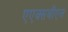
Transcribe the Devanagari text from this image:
एएक्सबीएल